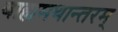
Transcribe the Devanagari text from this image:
बाह्यमथान्तरम्